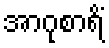
အာဂုစာရိံ